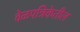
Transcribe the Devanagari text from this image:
वेळपत्रिकेतील